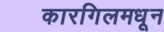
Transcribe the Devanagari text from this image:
कारगिलमधून